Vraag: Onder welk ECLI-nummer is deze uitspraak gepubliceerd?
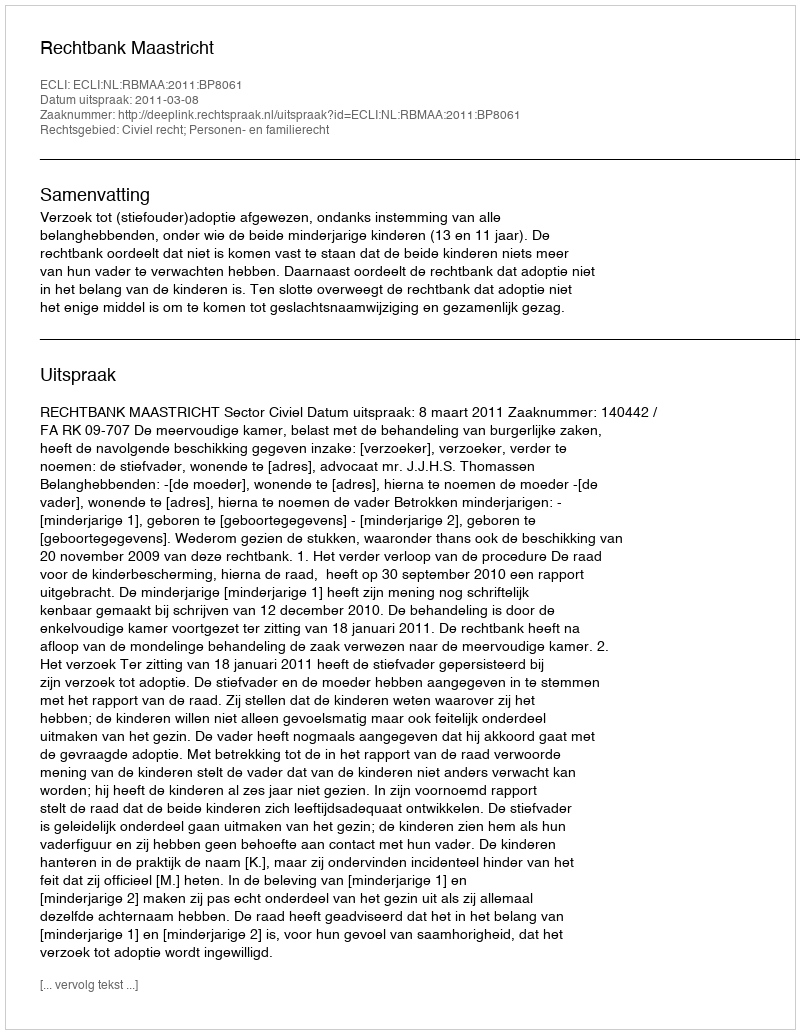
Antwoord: ECLI:NL:RBMAA:2011:BP8061